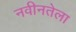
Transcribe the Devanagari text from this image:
नवीनतेला